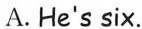
A.He's six.